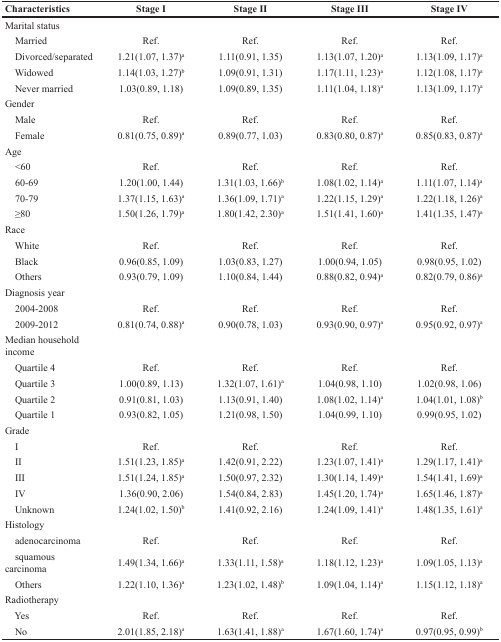
<table><thead><tr><td><b>Characteristics</b></td><td><b>Stage I</b></td><td><b>Stage II</b></td><td><b>Stage III</b></td><td><b>Stage IV</b></td></tr></thead><tbody><tr><td>Marital status</td><td></td><td></td><td></td><td></td></tr><tr><td> Married</td><td>Ref.</td><td>Ref.</td><td>Ref.</td><td>Ref.</td></tr><tr><td> Divorced/separated</td><td>1.21(1.07, 1.37)<sup>a</sup></td><td>1.11(0.91, 1.35)</td><td>1.13(1.07, 1.20)<sup>a</sup></td><td>1.13(1.09, 1.17)<sup>a</sup></td></tr><tr><td> Widowed</td><td>1.14(1.03, 1.27)<sup>b</sup></td><td>1.09(0.91, 1.31)</td><td>1.17(1.11, 1.23)<sup>a</sup></td><td>1.12(1.08, 1.17)<sup>a</sup></td></tr><tr><td> Never married</td><td>1.03(0.89, 1.18)</td><td>1.09(0.89, 1.35)</td><td>1.11(1.04, 1.18)<sup>a</sup></td><td>1.13(1.09, 1.17)<sup>a</sup></td></tr><tr><td>Gender</td><td></td><td></td><td></td><td></td></tr><tr><td> Male</td><td>Ref.</td><td>Ref.</td><td>Ref.</td><td>Ref.</td></tr><tr><td> Female</td><td>0.81(0.75, 0.89)<sup>a</sup></td><td>0.89(0.77, 1.03)</td><td>0.83(0.80, 0.87)<sup>a</sup></td><td>0.85(0.83, 0.87)<sup>a</sup></td></tr><tr><td>Age</td><td></td><td></td><td></td><td></td></tr><tr><td> &lt;60</td><td>Ref.</td><td>Ref.</td><td>Ref.</td><td>Ref.</td></tr><tr><td> 60-69</td><td>1.20(1.00, 1.44)</td><td>1.31(1.03, 1.66)<sup>b</sup></td><td>1.08(1.02, 1.14)<sup>a</sup></td><td>1.11(1.07, 1.14)<sup>a</sup></td></tr><tr><td> 70-79</td><td>1.37(1.15, 1.63)<sup>a</sup></td><td>1.36(1.09, 1.71)<sup>a</sup></td><td>1.22(1.15, 1.29)<sup>a</sup></td><td>1.22(1.18, 1.26)<sup>a</sup></td></tr><tr><td> ≥80</td><td>1.50(1.26, 1.79)<sup>a</sup></td><td>1.80(1.42, 2.30)<sup>a</sup></td><td>1.51(1.41, 1.60)<sup>a</sup></td><td>1.41(1.35, 1.47)<sup>a</sup></td></tr><tr><td>Race</td><td></td><td></td><td></td><td></td></tr><tr><td> White</td><td>Ref.</td><td>Ref.</td><td>Ref.</td><td>Ref.</td></tr><tr><td> Black</td><td>0.96(0.85, 1.09)</td><td>1.03(0.83, 1.27)</td><td>1.00(0.94, 1.05)</td><td>0.98(0.95, 1.02)</td></tr><tr><td> Others</td><td>0.93(0.79, 1.09)</td><td>1.10(0.84, 1.44)</td><td>0.88(0.82, 0.94)<sup>a</sup></td><td>0.82(0.79, 0.86)<sup>a</sup></td></tr><tr><td>Diagnosis year</td><td></td><td></td><td></td><td></td></tr><tr><td> 2004-2008</td><td>Ref.</td><td>Ref.</td><td>Ref.</td><td>Ref.</td></tr><tr><td> 2009-2012</td><td>0.81(0.74, 0.88)<sup>a</sup></td><td>0.90(0.78, 1.03)</td><td>0.93(0.90, 0.97)<sup>a</sup></td><td>0.95(0.92, 0.97)<sup>a</sup></td></tr><tr><td>Median household income</td><td></td><td></td><td></td><td></td></tr><tr><td> Quartile 4</td><td>Ref.</td><td>Ref.</td><td>Ref.</td><td>Ref.</td></tr><tr><td> Quartile 3</td><td>1.00(0.89, 1.13)</td><td>1.32(1.07, 1.61)<sup>a</sup></td><td>1.04(0.98, 1.10)</td><td>1.02(0.98, 1.06)</td></tr><tr><td> Quartile 2</td><td>0.91(0.81, 1.03)</td><td>1.13(0.91, 1.40)</td><td>1.08(1.02, 1.14)<sup>a</sup></td><td>1.04(1.01, 1.08)<sup>b</sup></td></tr><tr><td> Quartile 1</td><td>0.93(0.82, 1.05)</td><td>1.21(0.98, 1.50)</td><td>1.04(0.99, 1.10)</td><td>0.99(0.95, 1.02)</td></tr><tr><td>Grade</td><td></td><td></td><td></td><td></td></tr><tr><td> I</td><td>Ref.</td><td>Ref.</td><td>Ref.</td><td>Ref.</td></tr><tr><td> II</td><td>1.51(1.23, 1.85)<sup>a</sup></td><td>1.42(0.91, 2.22)</td><td>1.23(1.07, 1.41)<sup>a</sup></td><td>1.29(1.17, 1.41)<sup>a</sup></td></tr><tr><td> III</td><td>1.51(1.24, 1.85)<sup>a</sup></td><td>1.50(0.97, 2.32)</td><td>1.30(1.14, 1.49)<sup>a</sup></td><td>1.54(1.41, 1.69)<sup>a</sup></td></tr><tr><td> IV</td><td>1.36(0.90, 2.06)</td><td>1.54(0.84, 2.83)</td><td>1.45(1.20, 1.74)<sup>a</sup></td><td>1.65(1.46, 1.87)<sup>a</sup></td></tr><tr><td> Unknown</td><td>1.24(1.02, 1.50)<sup>b</sup></td><td>1.41(0.92, 2.16)</td><td>1.24(1.09, 1.41)<sup>a</sup></td><td>1.48(1.35, 1.61)<sup>a</sup></td></tr><tr><td>Histology</td><td></td><td></td><td></td><td></td></tr><tr><td> adenocarcinoma</td><td>Ref.</td><td>Ref.</td><td>Ref.</td><td>Ref.</td></tr><tr><td> squamous carcinoma</td><td>1.49(1.34, 1.66)<sup>a</sup></td><td>1.33(1.11, 1.58)<sup>a</sup></td><td>1.18(1.12, 1.23)<sup>a</sup></td><td>1.09(1.05, 1.13)<sup>a</sup></td></tr><tr><td> Others</td><td>1.22(1.10, 1.36)<sup>a</sup></td><td>1.23(1.02, 1.48)<sup>b</sup></td><td>1.09(1.04, 1.14)<sup>a</sup></td><td>1.15(1.12, 1.18)<sup>a</sup></td></tr><tr><td>Radiotherapy</td><td></td><td></td><td></td><td></td></tr><tr><td> Yes</td><td>Ref.</td><td>Ref.</td><td>Ref.</td><td>Ref.</td></tr><tr><td> No</td><td>2.01(1.85, 2.18)<sup>a</sup></td><td>1.63(1.41, 1.88)<sup>a</sup></td><td>1.67(1.60, 1.74)<sup>a</sup></td><td>0.97(0.95, 0.99)<sup>b</sup></td></tr></tbody></table>